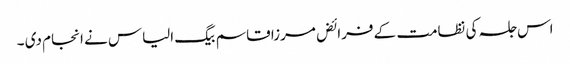
اس جلسہ کی نظامت کے فرائض مرزا قاسم بیگ الیاس نے انجام دی ۔